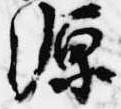
源